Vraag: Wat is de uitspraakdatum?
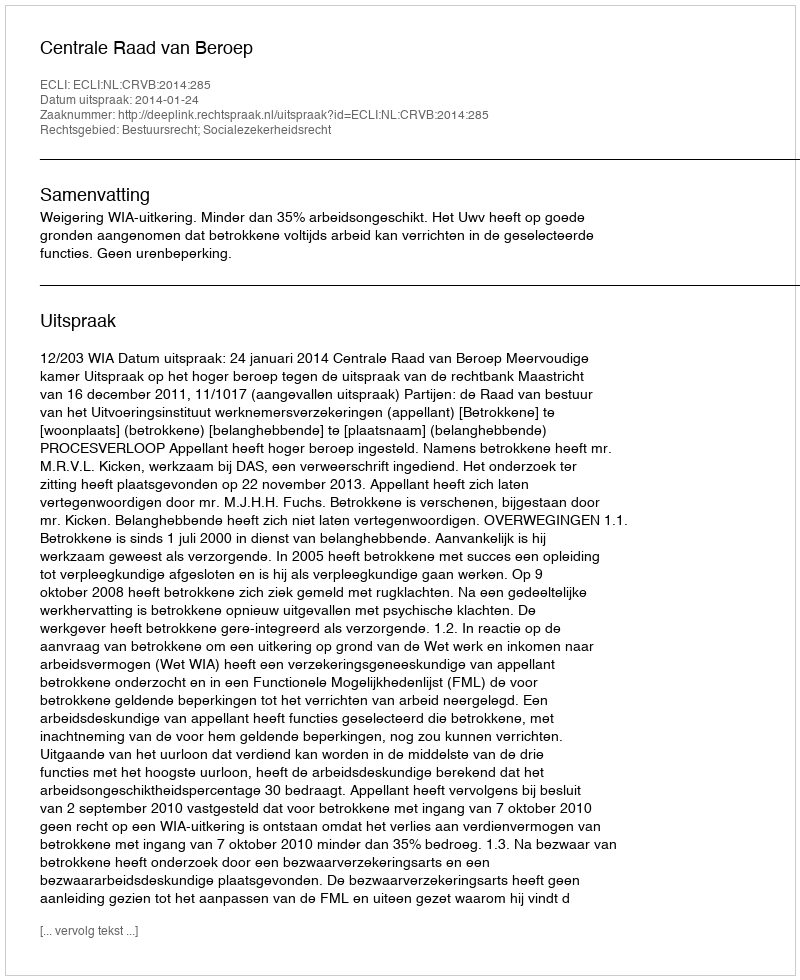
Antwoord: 2014-01-24